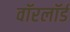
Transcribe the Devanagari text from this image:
वॉरलॉर्ड